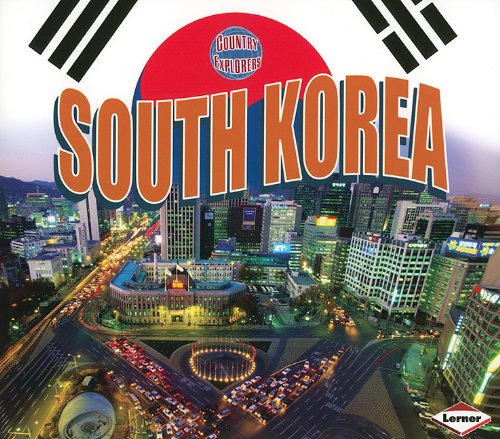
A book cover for South Korea (Country Explorers); Jennifer A. Miller; Children's Books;